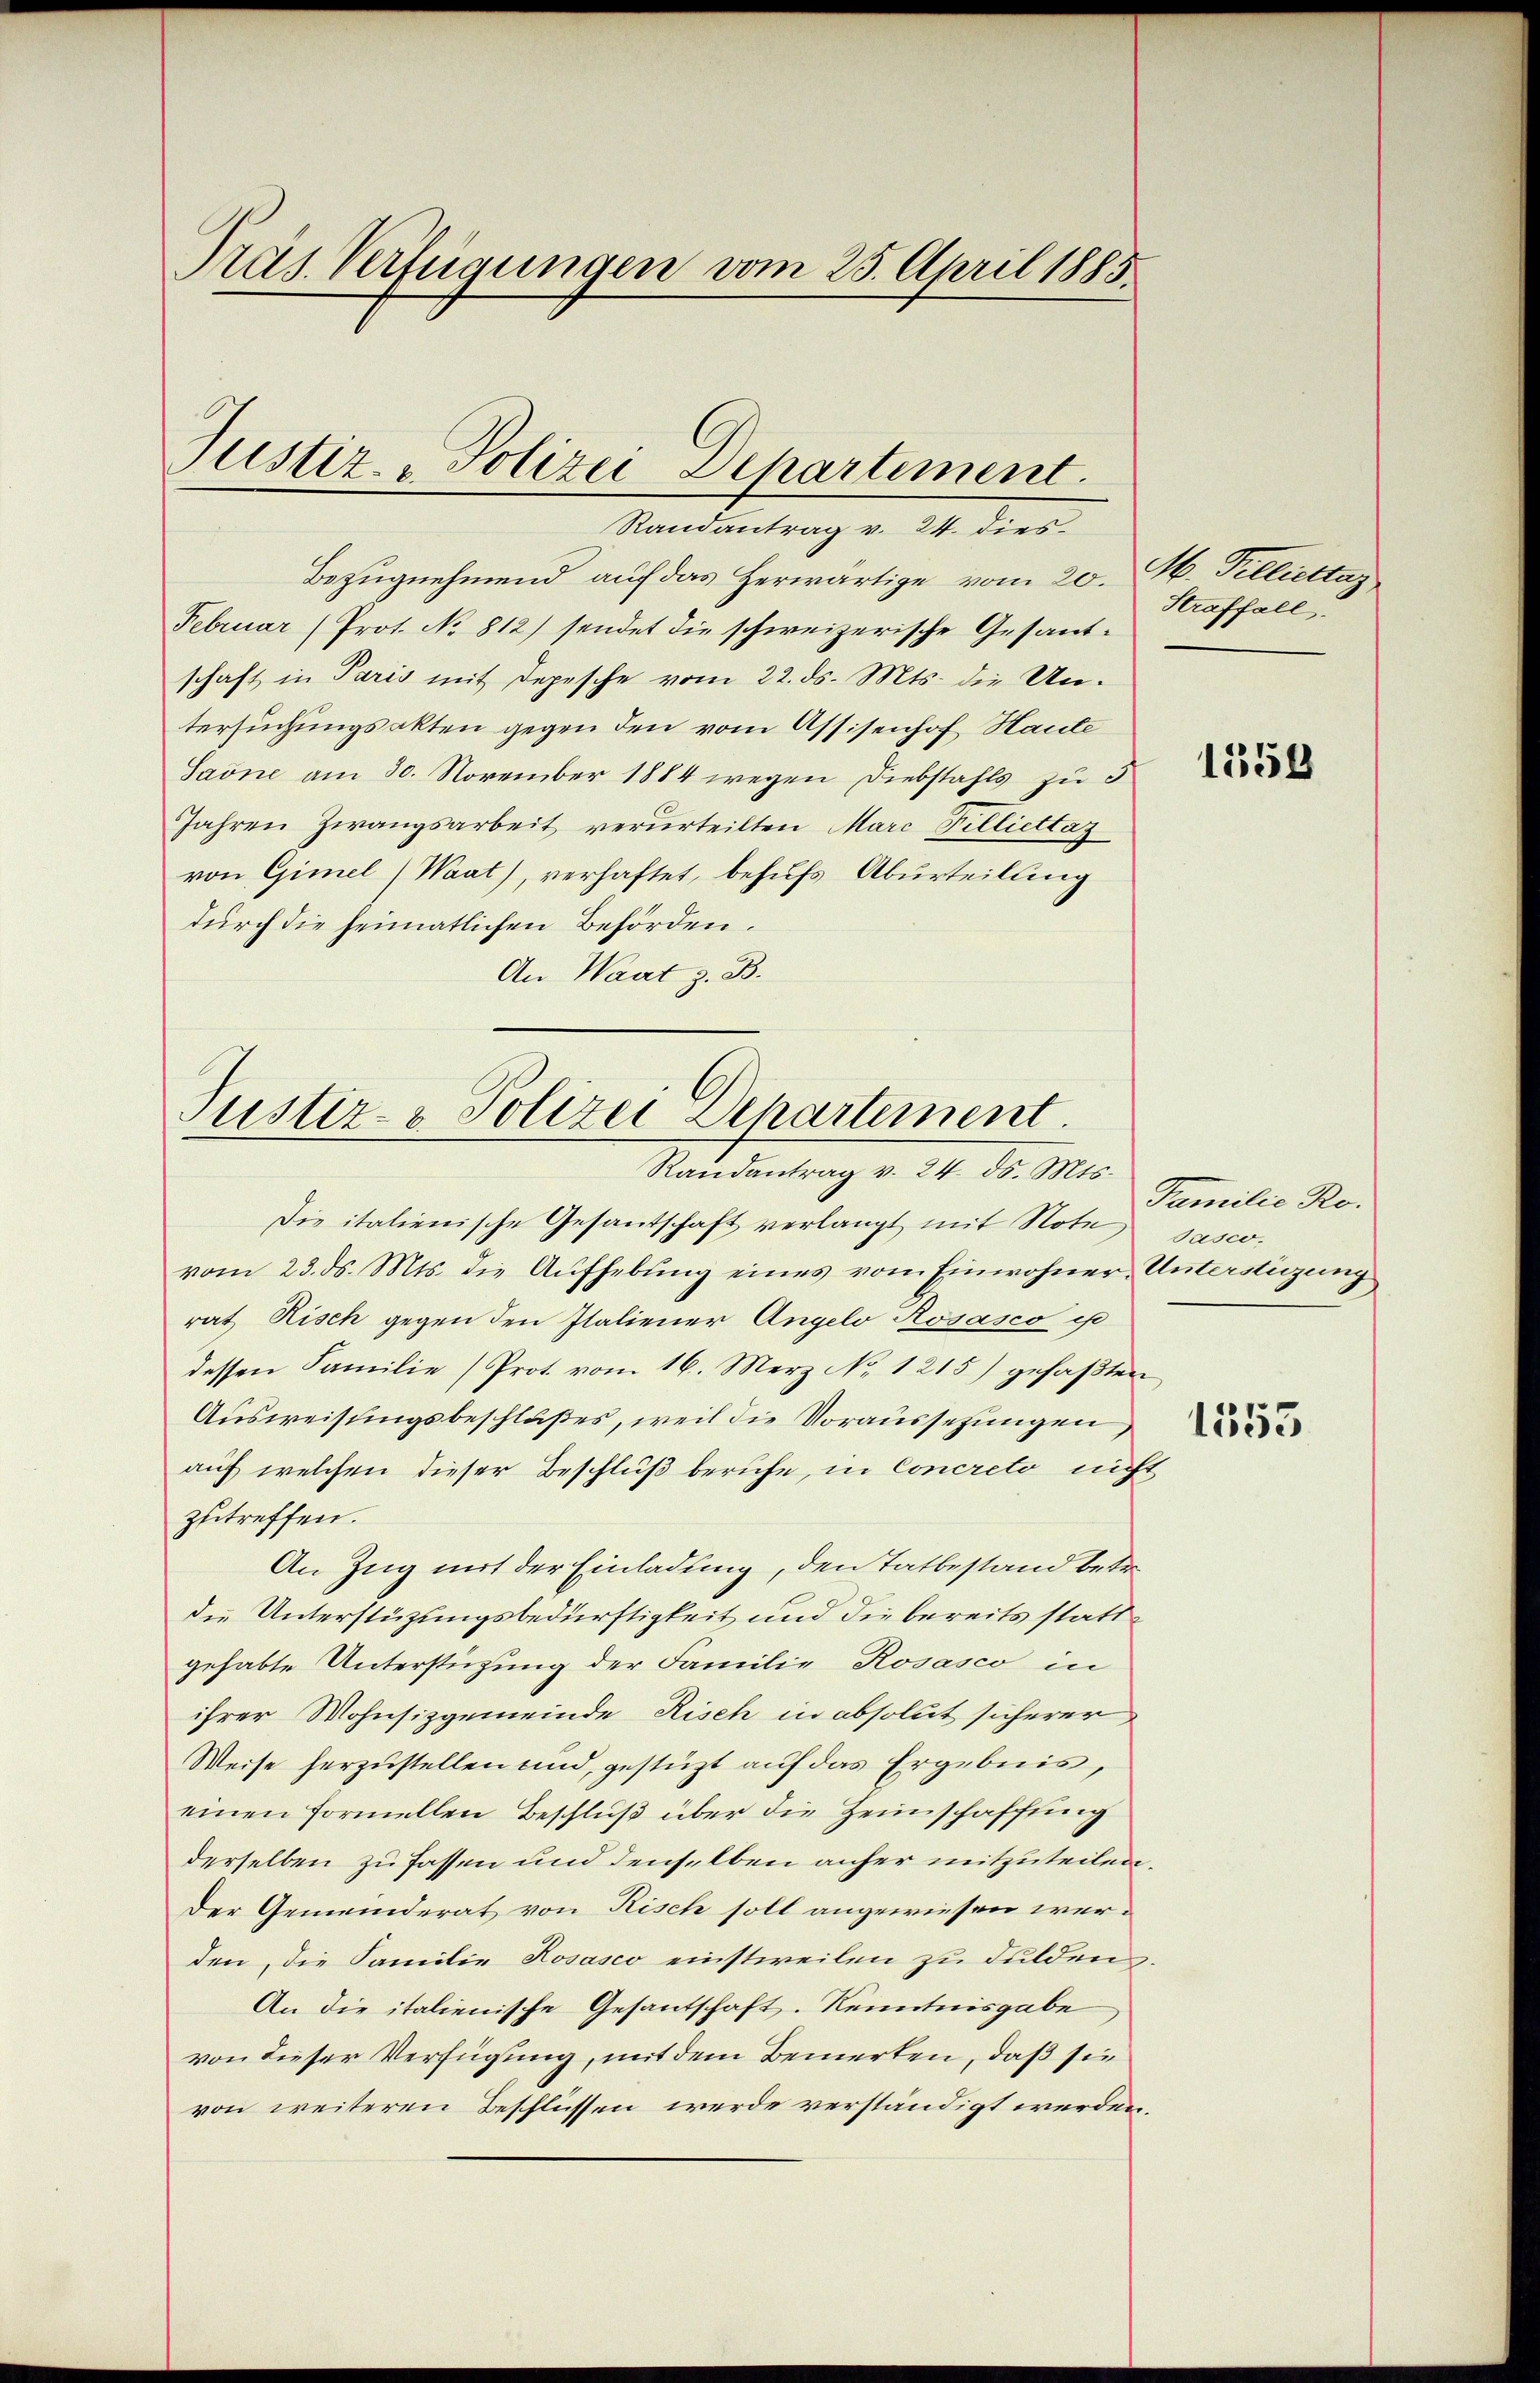
Pras Verfügungen vom 25. April 1885.

Justiz-Polizei-Departement.
Randantrag v. 24. dies

Bezugnehmend auf das herwärtige vom 20. M. Pilliettaz
Februar (Prot. No 812) sendet die schweizerische Gesandschaft in Paris mit Depesche vom 22. ds. Mts. die Untersuchungsakten gegen den vom Assisenhof Haute
Saone am 30. November 1884 wegen Diebstahls zu 3
Jahren Zwangsarbeit verurteilten Marc Filliettag
von Gimel (Waat), verhaftet, behufs Aburteilung
durch die heimatlichen Behörden.
An Wart z. B.

Justiz- & Polizei Departement.
Randantrag v. 24. ds. Mts.

Die italienische Gesantschaft verlangt mit Note
vom 23. ds. Mts. die Aufhebung eines vom Einwohner Unterstüzung
rat Risch gegen den Italiener Angelo Rosasco is
dessen Familie (Prot. vom 16. Merz No. 1215) gefaßten
Ausweisungsbeschlußes, weil die Voraussetzungen,
auf welchen dieser Beschluß beruhe, in Concreto nicht
zutreffen.
An Zug mit der Einladung, den Tatbestand betr.
die Unterstüzungsbedürftigkeit und die bereits stattgehabte Unterstützung der Familie Rosasco in
ihrer Mohnsizgemeinde Risch in obsolut sicherer
Weise herzustellen und, gestüzt auf das Ergebnis,
einen formellen Beschluß über die Heimschaffung
derselben zu fassen und denselben anher mitzuteilen.
Der Gemeinderat von Risch soll angewiesen werden, die Familie Rosasco einstweilen zu dulden.
An die italienische Gesantschaft. Kenntnisgabe
von dieser Verfügung, mit dem Bemerken, daß sie
von weiteren Beschlüssen werde verständigt werden.

Straffall

1558

Familie Ro.
Jasco.

1553